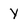
Character: y